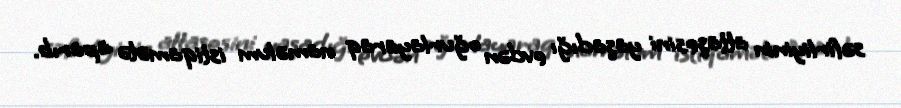
səfirliyinin attaşesini yaşadığı evdən oğurlayaraq naməlum istiqamətə aparıb.